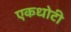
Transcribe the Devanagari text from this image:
एकधोटी